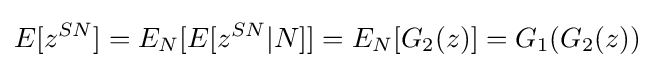
E[z^{SN}]=E_{N}[E[z^{SN}|N]]=E_{N}[G_{2}(z)]=G_{1}(G_{2}(z))